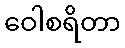
ဝေါစရိတာ